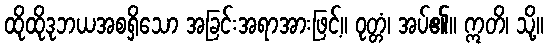
ထိုထိုဒုဘယအစရှိသော အခြင်းအရာအားဖြင့်။ ဝုတ္တံ၊ အပ်၏။ ဣတိ၊ သို့။